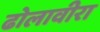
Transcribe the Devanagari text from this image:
ढोलावीरा